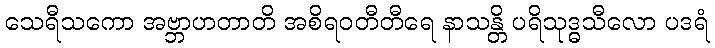
သေရီသကော အဗ္ဘာဟတာတိ အစိရဝတီတီရေ နာသန္တိ ပရိသုဒ္ဓသီလော ပဒရံ